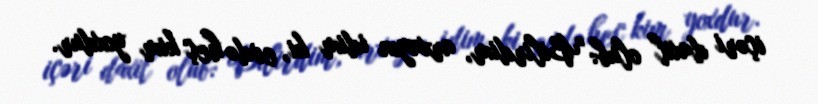
içəri daxil olub: "Bilirdim, arxayın idim ki, evdə heç kim yoxdur.